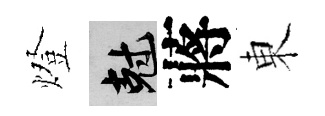
燈剋蔣東